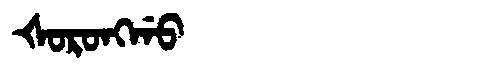
Manchu: ᡧᠣᡵᠣᠩᡤᠣ
Romanization: ŠORONGGO